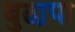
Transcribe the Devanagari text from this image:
बुढा़पा